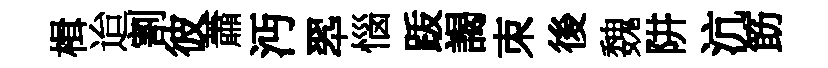
楫迨割彼蕭沔翆惱䟦謁朿後魏阱沆筯